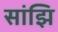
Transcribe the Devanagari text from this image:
सांझि